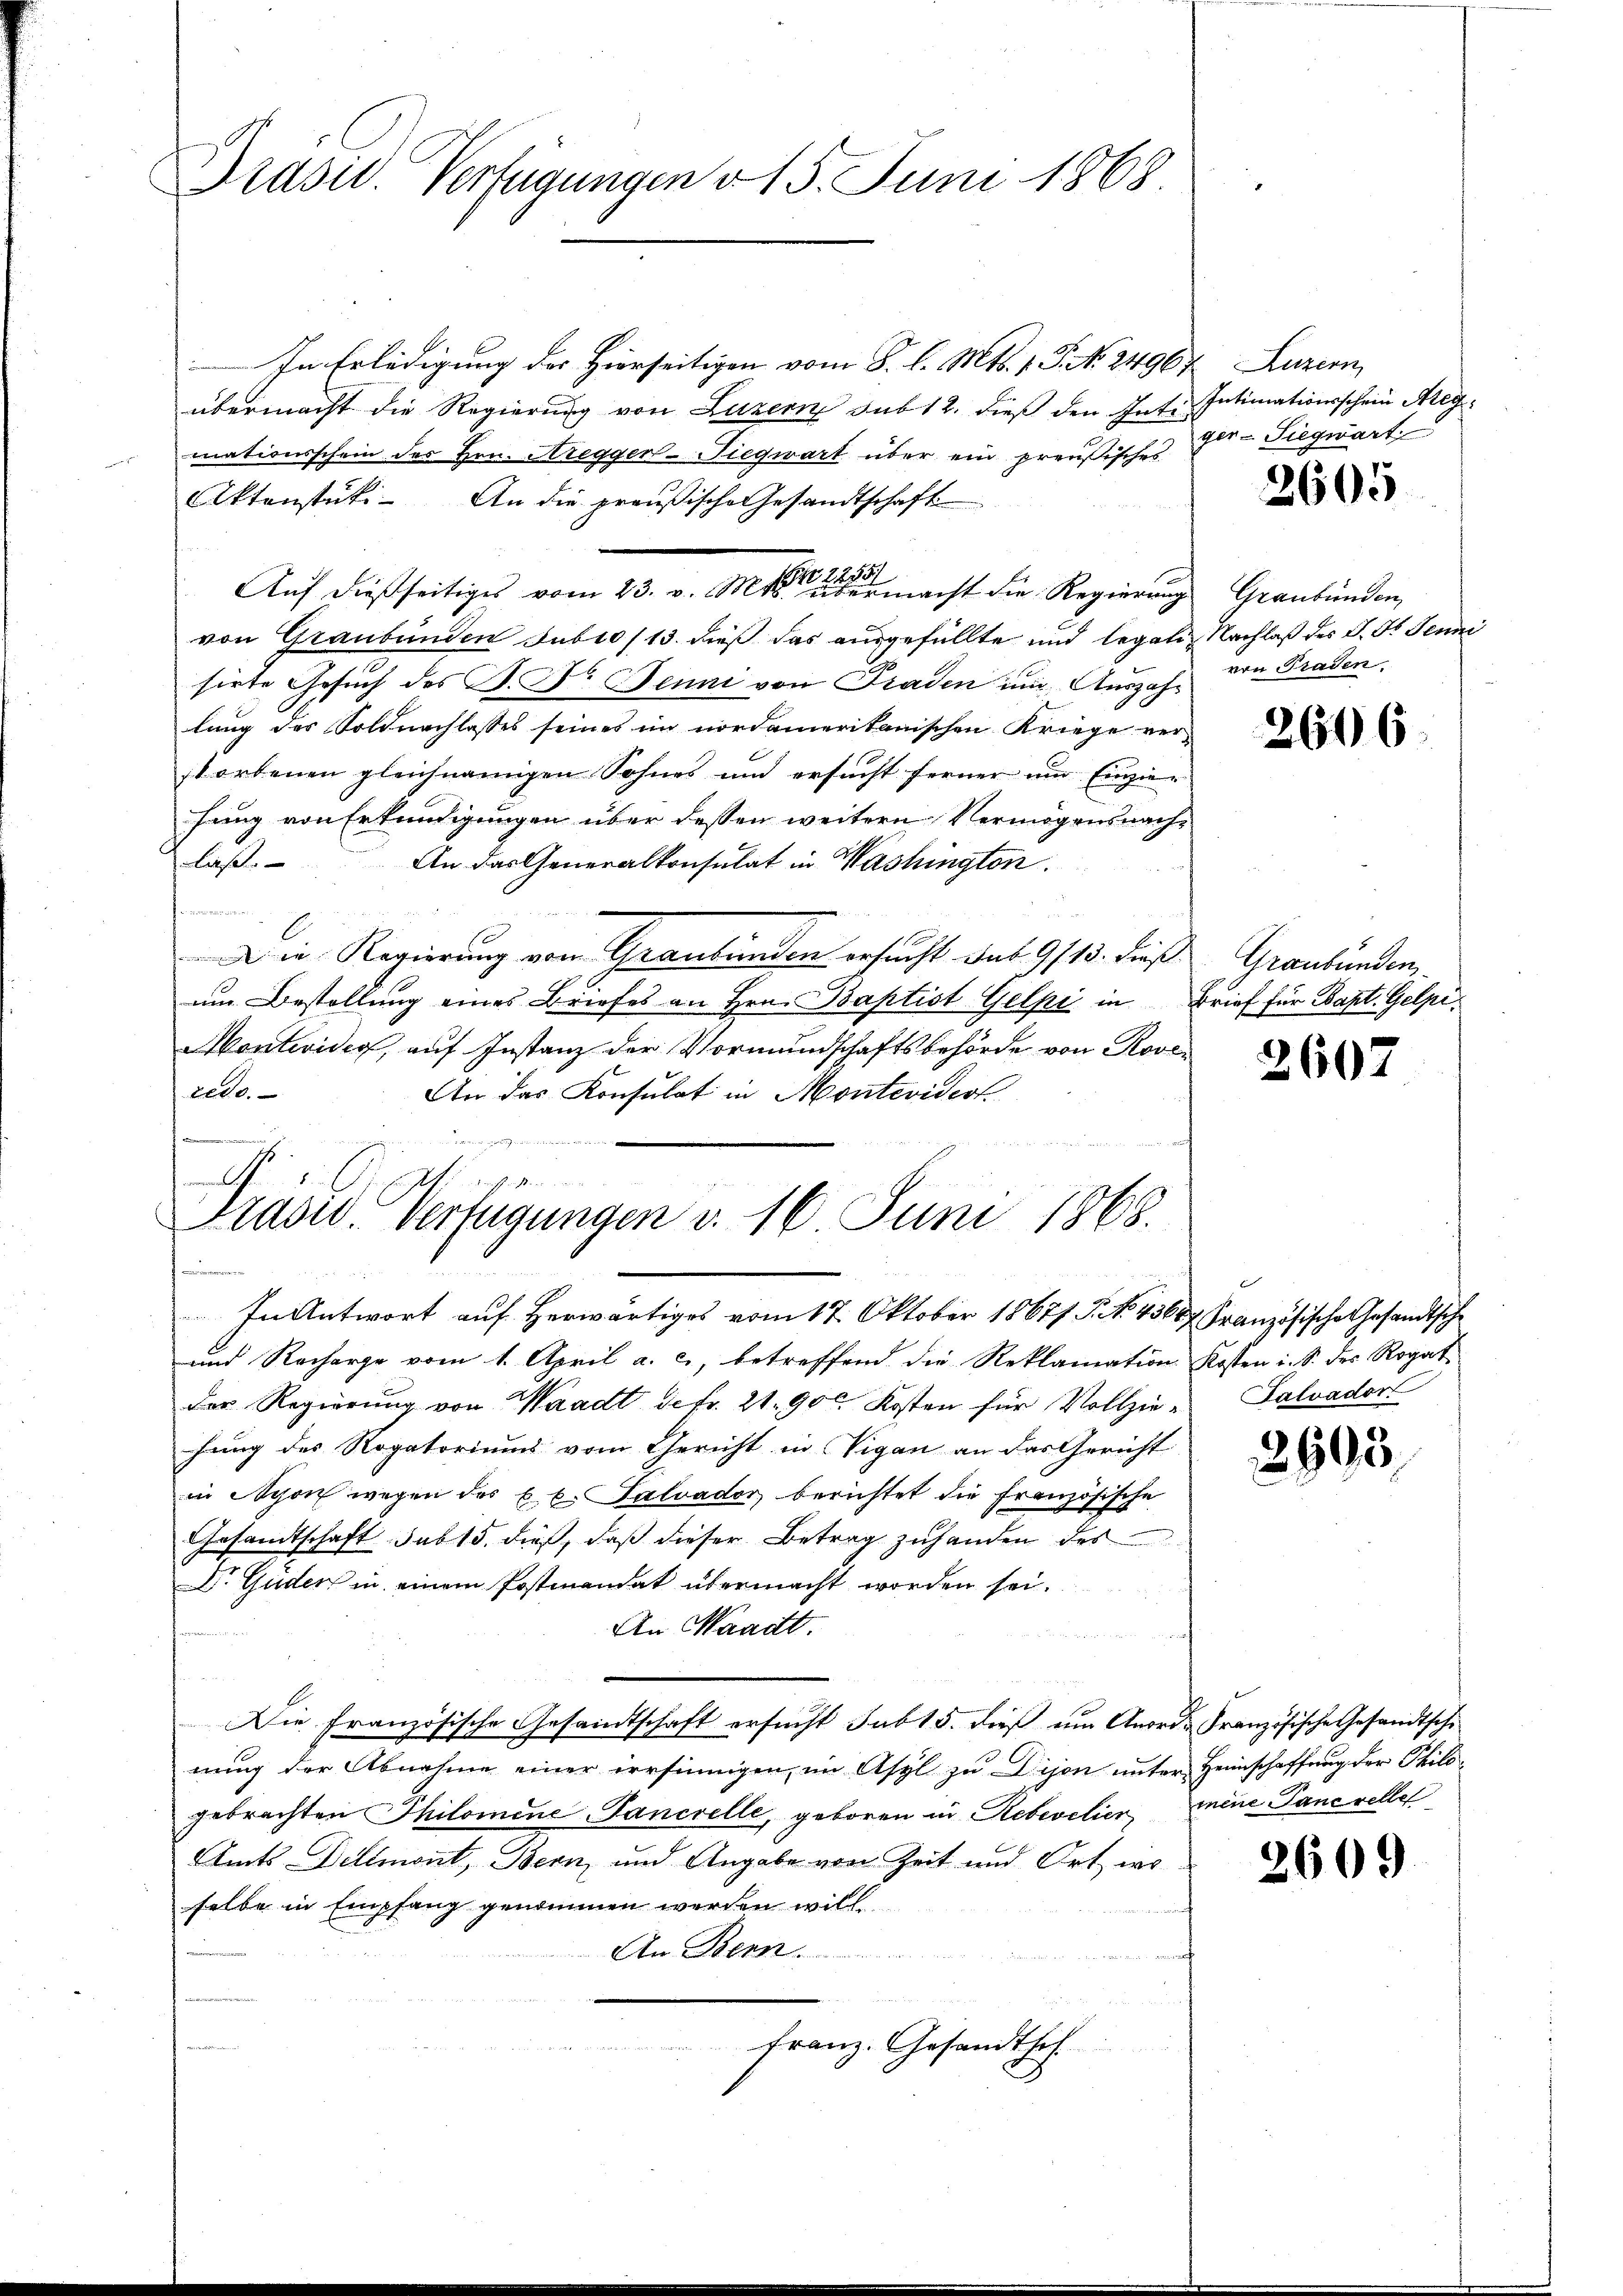
Prasur. Verfügungen v. 15. Juni 1868

In Erledigung des Hierseitigen vom 8. l. Mts. 1. P. No. 2496.
übermacht die Regierung von Luzern sub 12. dieß den Inti Intimationsschein Aregmationsschein des Hrn. Aregger-Siegwart über ein preußisches
Aktenstüki- An die preußische Gesandtschaft
Auf dießseitiges vom 23. v. Mts. macht die Regierung Graubünden,
von Graubünden Jubio /13. dieß das ausgefüllte und legali, Nachlaß des J. F. Jenni
sirte Gesuch des P. F. Benni von Praden im Auszahlung des Soldnachlasses seines im nordamerikanischen Kriege verstorbenen gleichnamigen Sohnes und ersucht ferner und Einzie-
fung von Erkundigungen über dessen weitern Vermögensnachlaß.
An das Generalkonsulat in Washingten.
Fr. in B
un
Die Regierung vom Graubünden ersucht sub 9/13. dieß
um Bestellung eines Briefes an Hrn. Baptist Gelpi in Brief für Bapt. Gelpi¬
Montevider, auf Instanz der Vormundschaftsbehörde von Rover
rede.
An das Konsulat in Montevidest
J S.

Präsid. Verfügungen v. 16 Juni 1868.

In Antwort auf herwärtiges vom 17. Oktober 18677 S. No. 43687. Französische Gesandtsche
und Recharge vom 1. April a. c., betreffend die Reklamation Kosten i. S. der Rogat
der Regierung von Waadt de fr. 21. 900 Kosten für Vollzie- Salvador
hung des Rogatoriums vom Gericht in Vigan an das Gericht
in Nyon wegen des k.k. Salvador berichtet die französische
Gesandtschaft sub 15. dieß, daβ dieser Betrag zuhanden des
Dr Guden in einem Postmandat übermacht worden sei.
An Waadt.
Die Französische Gesandtschaft ersucht sub 15. dieß um Anordes Französische Gesandtsche
nung der Abnahme einer irrsinnigen, im Asyl zu Dijon unter Heimschaffung der Philogebrachten Philomine Tancelle, geboren in Rebevelier meine Pancrellet
Amts Delimont, Bern, und Angabe von Zeit und Ort wo
selbe in Empfang genommen werden will
An Bern
Franz. Gesandthof.

Luzern
ger-Siegwart

2605

von Traden

2606

Graubünden

2607

2603

2609